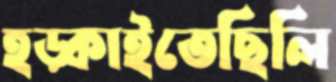
হড়্‌কাইতেছিলি